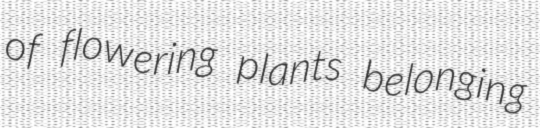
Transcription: of flowering plants belonging